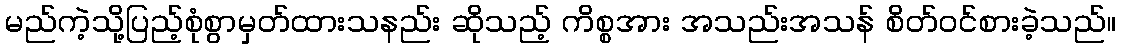
မည်ကဲ့သို့ပြည့်စုံစွာမှတ်ထားသနည်း ဆိုသည့် ကိစ္စအား အသည်းအသန် စိတ်ဝင်စားခဲ့သည်။